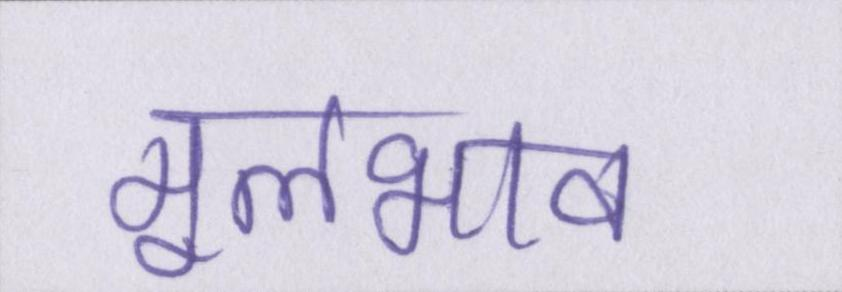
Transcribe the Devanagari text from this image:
मूलभाव